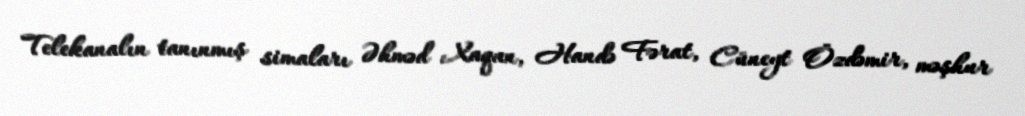
Telekanalın tanınmış simaları Əhməd Xaqan, Handə Fərat, Cüneyt Özdəmir, məşhur